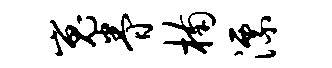
嵬眷楠漂